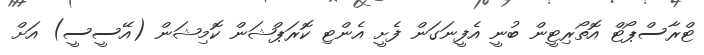
ޓްރާސްޕޯޓް އޮތޯރިޓީން ބުނީ އެފީނަގަން ފެށީ އެންޓި ކޮރަޕްޝަން ކޮމިޝަން (އޭސީސީ) އަށް